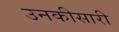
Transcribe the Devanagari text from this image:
उनकीसारी